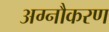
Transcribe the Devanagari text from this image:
अग्नौकरण